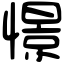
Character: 憬